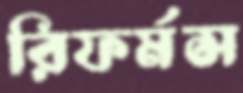
রিফর্মস